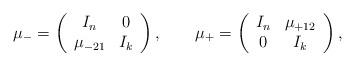
LaTeX: \begin{align*}\mu_- = \left( \begin{array}{cc}I_n & 0 \\\mu_{-21} & I_k\end{array} \right), \qquad\mu_+ = \left( \begin{array}{cc}I_n & \mu_{+12} \\0 & I_k\end{array} \right),\end{align*}